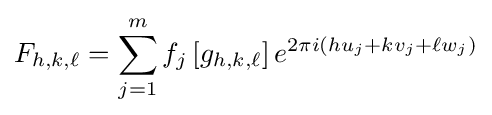
F_{h,k,\ell }=\sum _{j=1}^{m}f_{j}\left[g_{h,k,\ell }\right]e^{2\pi i\left(hu_{j}+kv_{j}+\ell w_{j}\right)}